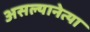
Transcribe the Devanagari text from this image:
असल्यानेत्या